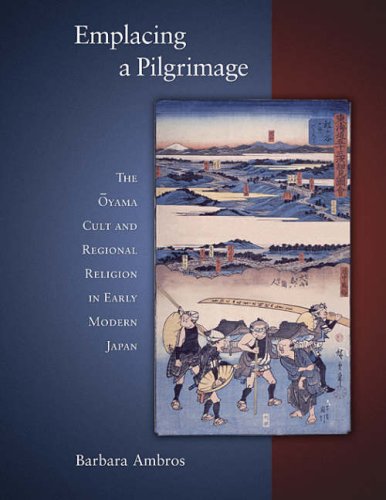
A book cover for Emplacing a Pilgrimage: The Oyama Cult and Regional Religion in Early Modern Japan (Harvard East Asian Monographs); Barbara Ambros; Religion & Spirituality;